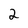
Character: 2